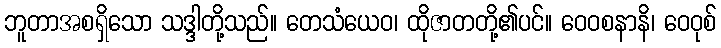
ဘူတာအစရှိသော သဒ္ဒါတို့သည်။ တေသံယေဝ၊ ထိုဇာတတို့၏ပင်။ ဝေဝစနာနိ၊ ဝေဝုစ်